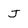
Character: J